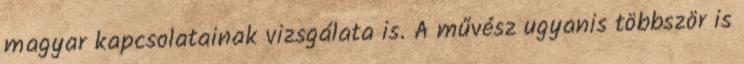
magyar kapcsolatainak vizsgálata is. A művész ugyanis többször is